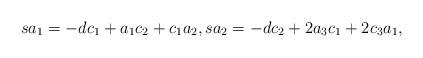
LaTeX: \begin{align*}sa_{1}=-dc_{1}+a_{1}c_{2}+c_{1}a_{2},sa_{2}=-dc_{2}+2a_{3}c_{1}+2c_{3}a_{1},\end{align*}